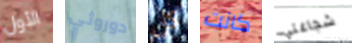
الأول دوروثي كل كانت شجاعتي